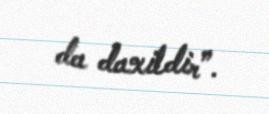
da daxildir”.